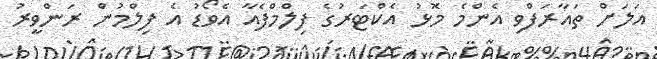
އަލަށް ތައާރަފްވި އެންމެ މޮޅު އެކްޓަރުގެ ފިލްމްފެއާ އެވޯޑު އެ ފިލްމުން ރަންވީރު